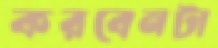
করবেনটা